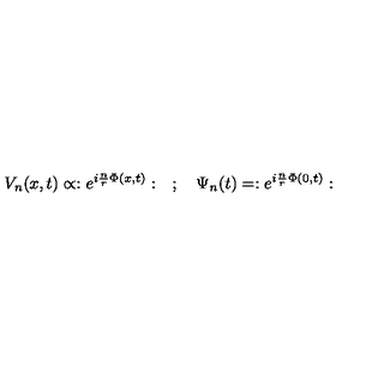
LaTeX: V _ { n } ( x , t ) \propto : e ^ { i \frac { n } { r } \Phi ( x , t ) } : \quad ; \quad \Psi _ { n } ( t ) = : e ^ { i \frac { n } { r } \Phi ( 0 , t ) } :